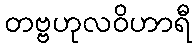
တဗ္ဗဟုလဝိဟာရီ